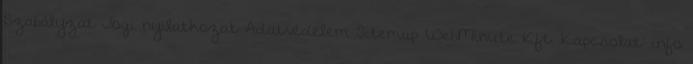
Szabályzat Jogi nyilatkozat Adatvédelem Sitemap WebMinute Kft. Kapcsolat: info